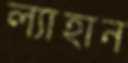
ল্যাহান